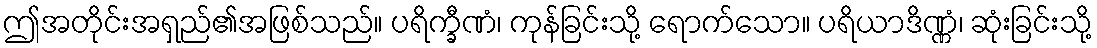
ဤအတိုင်းအရှည်၏အဖြစ်သည်။ ပရိက္ခီဏံ၊ ကုန်ခြင်းသို့ ရောက်သော။ ပရိယာဒိဏ္ဏံ၊ ဆုံးခြင်းသို့